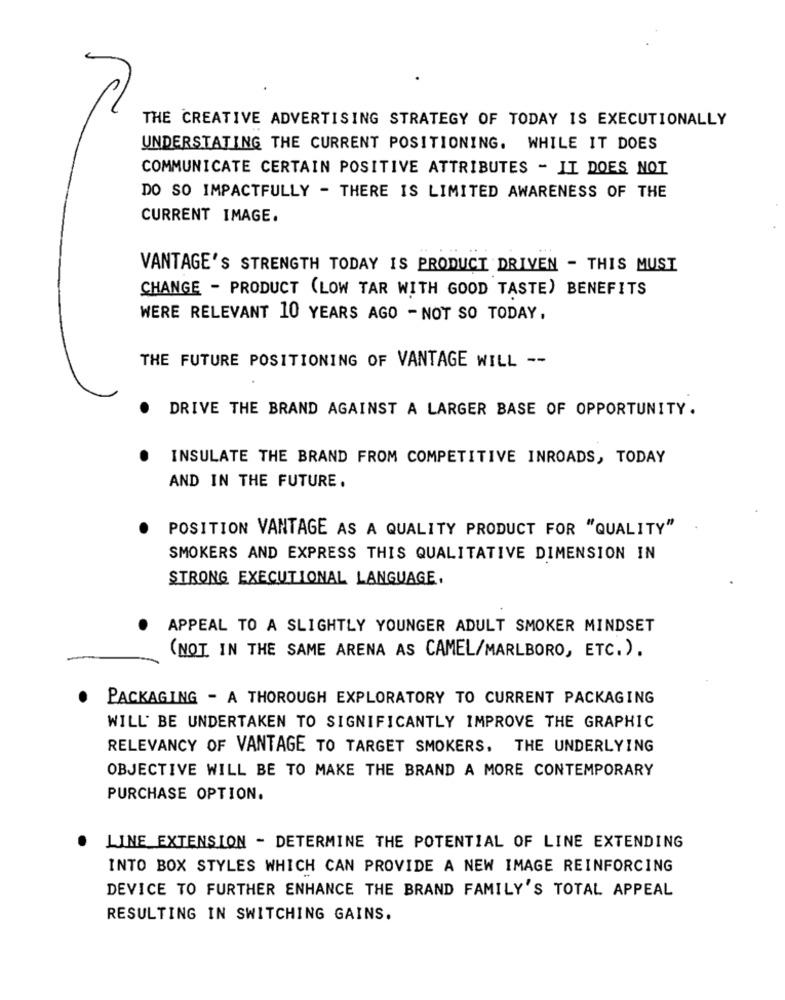
THE CREATIVE ADVERTISING STRATEGY OF TODAY IS EXECUTIONALLY
UNDERSTATING THE CURRENT POSITIONING. WHILE IT DOES
COMMUNICATE CERTAIN POSITIVE ATTRIBUTES - IT DOES NOT
DO SO IMPACTFULLY - THERE IS LIMITED AWARENESS OF THE
CURRENT IMAGE.
VANTAGE'S STRENGTH TODAY IS PRODUCT DRIVEN - THIS MUST
CHANGE - PRODUCT (LOW TAR WITH GOOD TASTE) BENEFITS
WERE RELEVANT 10 YEARS AGO - NOT SO TODAY,
THE FUTURE POSITIONING OF VANTAGE WILL --
DRIVE THE BRAND AGAINST A LARGER BASE OF OPPORTUNITY.
INSULATE THE BRAND FROM COMPETITIVE INROADS, TODAY
AND IN THE FUTURE.
POSITION VANTAGE AS A QUALITY PRODUCT FOR "QUALITY"
SMOKERS AND EXPRESS THIS QUALITATIVE DIMENSION IN
STRONG EXECUTIONAL LANGUAGE,
APPEAL TO A SLIGHTLY YOUNGER ADULT SMOKER MINDSET
(NOT IN THE SAME ARENA AS CAMEL/MARLBORO, ETC.).
PACKAGING - A THOROUGH EXPLORATORY TO CURRENT PACKAGING
WILL BE UNDERTAKEN TO SIGNIFICANTLY IMPROVE THE GRAPHIC
RELEVANCY OF VANTAGE TO TARGET SMOKERS, THE UNDERLYING
OBJECTIVE WILL BE TO MAKE THE BRAND A MORE CONTEMPORARY
PURCHASE OPTION.
LINE EXTENSION - DETERMINE THE POTENTIAL OF LINE EXTENDING
INTO BOX STYLES WHICH CAN PROVIDE A NEW IMAGE REINFORCING
DEVICE TO FURTHER ENHANCE THE BRAND FAMILY'S TOTAL APPEAL
RESULTING IN SWITCHING GAINS.